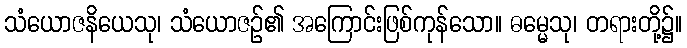
သံယောဇနိယေသု၊ သံယောဇဉ်၏ အကြောင်းဖြစ်ကုန်သော။ ဓမ္မေသု၊ တရားတို့၌။